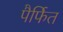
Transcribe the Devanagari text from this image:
पैर्फित